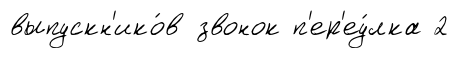
выпускн'ико́в звонок п'ер'еу́лка 2